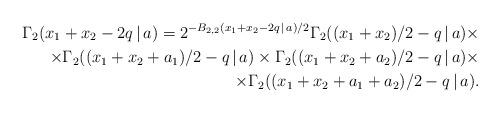
LaTeX: \begin{align*}\Gamma_2(x_1+x_2-2q\,|\,a) = 2^{-B_{2, 2}(x_1+x_2-2q\,|\,a)/2}\Gamma_2((x_1+x_2)/2-q\,|\,a)\times \\ \times\Gamma_2((x_1+x_2+a_1)/2-q\,|\,a)\times\Gamma_2((x_1+x_2+a_2)/2-q\,|\,a)\times \\ \times\Gamma_2((x_1+x_2+a_1+a_2)/2-q\,|\,a).\end{align*}